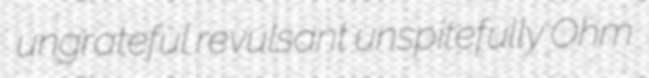
ungrateful revulsant unspitefully Ohm